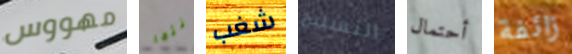
مهووس كنتما شغب التسليح أحتمال زائفة